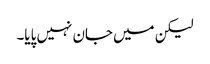
لیکن میں جان نہیں پایا۔